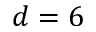
d = 6